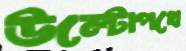
উল্টোপথে